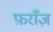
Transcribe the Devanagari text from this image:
फ़राँज़